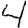
Digit: 4